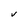
Character: V